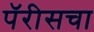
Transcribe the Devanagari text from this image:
पॅरीसचा